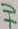
Text: +U